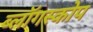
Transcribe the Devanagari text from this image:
ब्लॉगस्कोप